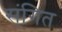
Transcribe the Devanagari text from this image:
स्ंगित